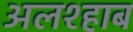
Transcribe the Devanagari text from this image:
अलश्हाब